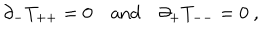
\partial _ { - } T _ { + + } = 0 \quad \mathrm { a n d } \quad \partial _ { + } T _ { -- } = 0 \ ,